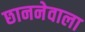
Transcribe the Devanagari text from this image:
छाननेवाला